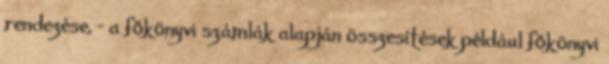
rendezése, - a főkönyvi számlák alapján összesítések például főkönyvi